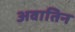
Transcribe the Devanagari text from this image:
अवातिन